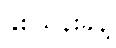
နှစ်သိန်းခန့်